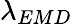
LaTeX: \lambda_{EMD}